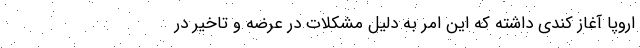
اروپا آغاز کُندی داشته که این امر به دلیل مشکلات در عرضه و تاخیر در